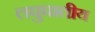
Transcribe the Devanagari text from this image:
लघुघातीय